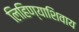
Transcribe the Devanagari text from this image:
लिहिण्याशिवाय